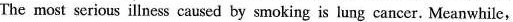
The most serious illness caused by smoking is lung cancer. Meanwhile,